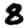
Digit: 8